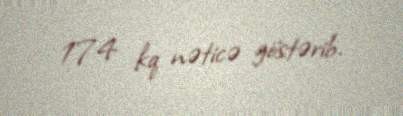
174 kq nəticə göstərib.